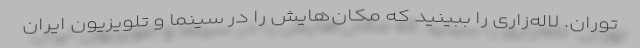
توران. لاله‌زاری را ببینید که مکان‌هایش را در سینما و تلویزیون ایران